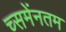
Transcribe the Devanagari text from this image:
च्समेंनतम